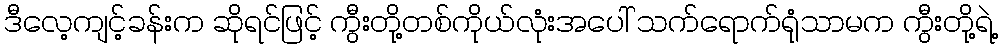
ဒီလေ့ကျင့်ခန်းက ဆိုရင်ဖြင့် ကွီးတို့တစ်ကိုယ်လုံးအပေါ် သက်ရောက်ရုံသာမက ကွီးတို့ရဲ့